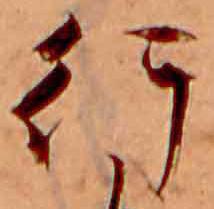
行